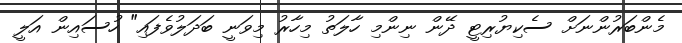
މެންބަރުންނަށް ސެކިޔުރިޓީ ދޭން ނިންމި ހާލަތު މިހާރު މިވަނީ ބަދަލުވެފައި" ހުސައިން އަލީ